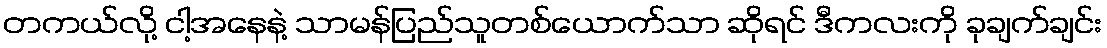
တကယ်လို့ ငါ့အနေနဲ့ သာမန်ပြည်သူတစ်ယောက်သာ ဆိုရင် ဒီကလးကို ခုချက်ချင်း